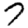
Digit: 7